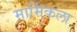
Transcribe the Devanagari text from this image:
मार्मिकला